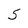
Character: 5